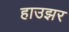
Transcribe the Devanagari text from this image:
हाउझर